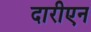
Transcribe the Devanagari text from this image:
दारीएन